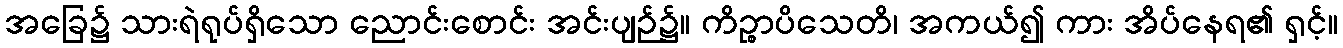
အခြေ၌ သားရဲရုပ်ရှိသော ညောင်းစောင်း အင်းပျဉ်၌။ ကိဉ္စာပိသေတိ၊ အကယ်၍ ကား အိပ်နေရ၏ ရှင့်။